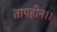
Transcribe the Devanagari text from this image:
तापहीन।।